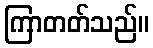
ကြာတတ်သည်။